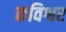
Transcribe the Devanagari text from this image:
कविश्वर